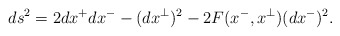
\begin{align*}ds^{2}=2dx^{+}dx^{-}-(dx^{\perp})^{2}-2F(x^{-},x^{\perp})(dx^{-})^{2}.\end{align*}